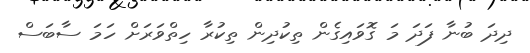
ދިދަ ބުނާ ފަދަ މަ ގޮވައިގެން ތިކުދިން ތިކުރާ ހިތްވަރަށް ހަމަ ސާބަސް